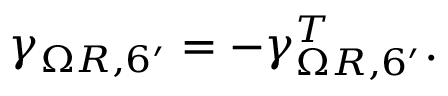
\gamma _ { \Omega R , 6 ^ { \prime } } = - \gamma _ { \Omega R , 6 ^ { \prime } } ^ { T } .